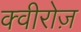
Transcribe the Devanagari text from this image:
क्वीरोज़